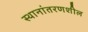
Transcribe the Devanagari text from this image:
स्थानांतरणशील